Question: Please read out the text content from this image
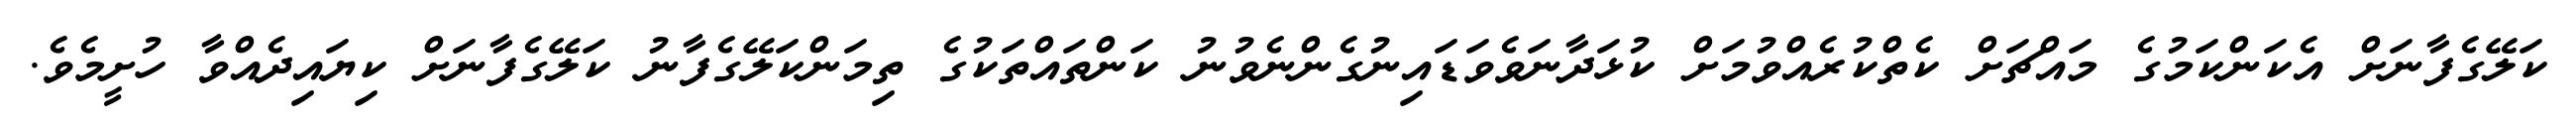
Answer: ކަލޭގެފާނަށް އެކަންކަމުގެ މައްޗަށް ކެތްކުރެއްވުމަށް ކުޅަދާނަވެވަޑައިނުގެންނެވުނު ކަންތައްތަކުގެ ތިމަންކަލޭގެފާނު ކަލޭގެފާނަށް ކިޔައިދެއްވާ ހުށީމެވެ.